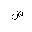
Letter: _sad